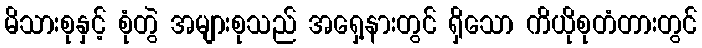
မိသားစုနှင့် စုံတွဲ အများစုသည် အရှေ့နားတွင် ရှိသော ကိယိုစုတံတားတွင်